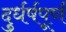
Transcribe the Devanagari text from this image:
दुर्धर्षपूर्ण